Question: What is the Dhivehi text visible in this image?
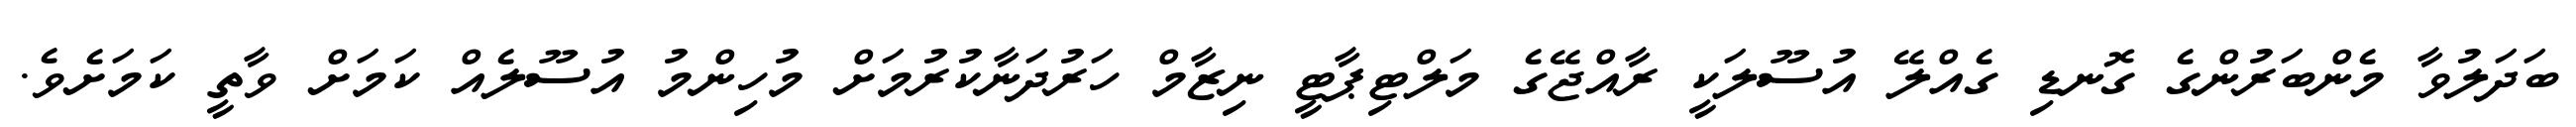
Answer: ބަދަލުވާ މެންބަރުންގެ ގޮނޑި ގެއްލޭ އުސޫލަކީ ރާއްޖޭގެ މަލްޓިޕާޓީ ނިޒާމް ހަރުދަނާކުރުމަށް މުހިންމު އުސޫލެއް ކަމަށް ވާތީ ކަމަށެވެ.